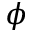
\phi